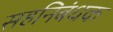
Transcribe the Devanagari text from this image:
सहनिबंधक